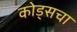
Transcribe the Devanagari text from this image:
कोड्सचा